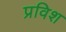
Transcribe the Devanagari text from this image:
प्रविश